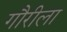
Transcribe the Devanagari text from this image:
गौरीला